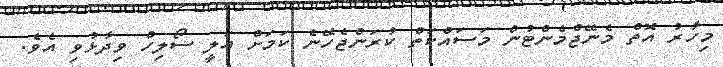
މިހާރު އޮތް މެނޭޖްމެންޓުން މަސައްކަތް ކުރަންޖެހޭނެ ކަމަށް އަލީ ސޯލިހް ވިދާޅުވި އެވެ.